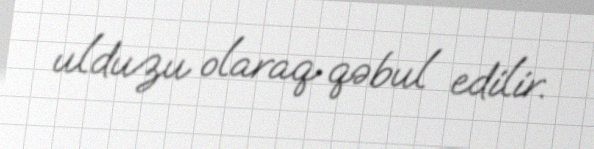
ulduzu olaraq qəbul edilir.